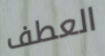
العطف